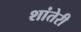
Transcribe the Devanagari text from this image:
शांतेरी